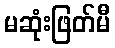
မဆုံးဖြတ်မီ